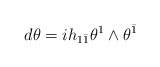
\begin{align*}d\theta=ih_{1\bar 1}\theta^1\wedge\theta^{\bar 1}\end{align*}